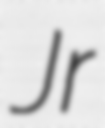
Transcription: Jr